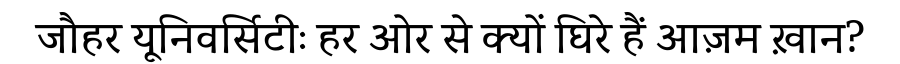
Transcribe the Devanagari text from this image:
जौहर यूनिवर्सिटीः हर ओर से क्यों घिरे हैं आज़म ख़ान?